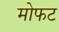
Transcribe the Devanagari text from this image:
मोफट